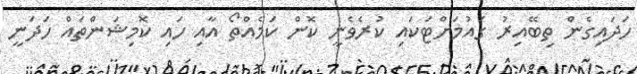
ހަދައިގެން ތިބޭއިރު ގައުމަށްޓަކައި ކުރެވެނީ ކޮން ކަމެއްތޯ އާއި ހައި ކޮމިޝަންތައް ހަދަނީ